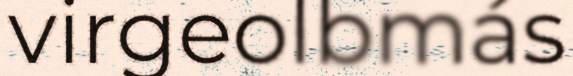
virgeolbmás